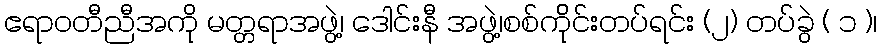
ဧရာဝတီညီအကို မတ္တရာအဖွဲ့၊ ဒေါင်းနီ အဖွဲ့၊စစ်က်ိုင်းတပ်ရင်း (၂) တပ်ခွဲ ( ၁ )၊